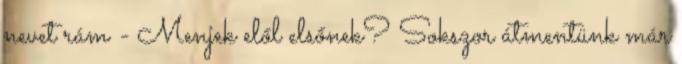
nevet rám - Menjek elől elsőnek? Sokszor átmentünk már